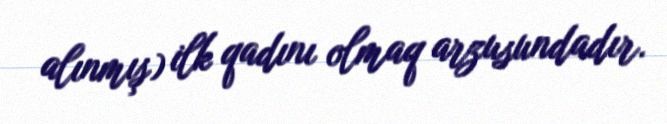
alınmış) ilk qadını olmaq arzusundadır.